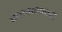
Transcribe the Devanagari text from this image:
सामावणारी